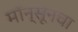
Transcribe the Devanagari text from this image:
मॉन्सूनचा